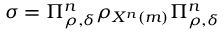
\sigma = \Pi _ { \rho , \delta } ^ { n } \rho _ { X ^ { n } \left( m \right) } \Pi _ { \rho , \delta } ^ { n }